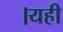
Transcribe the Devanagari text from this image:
।यही